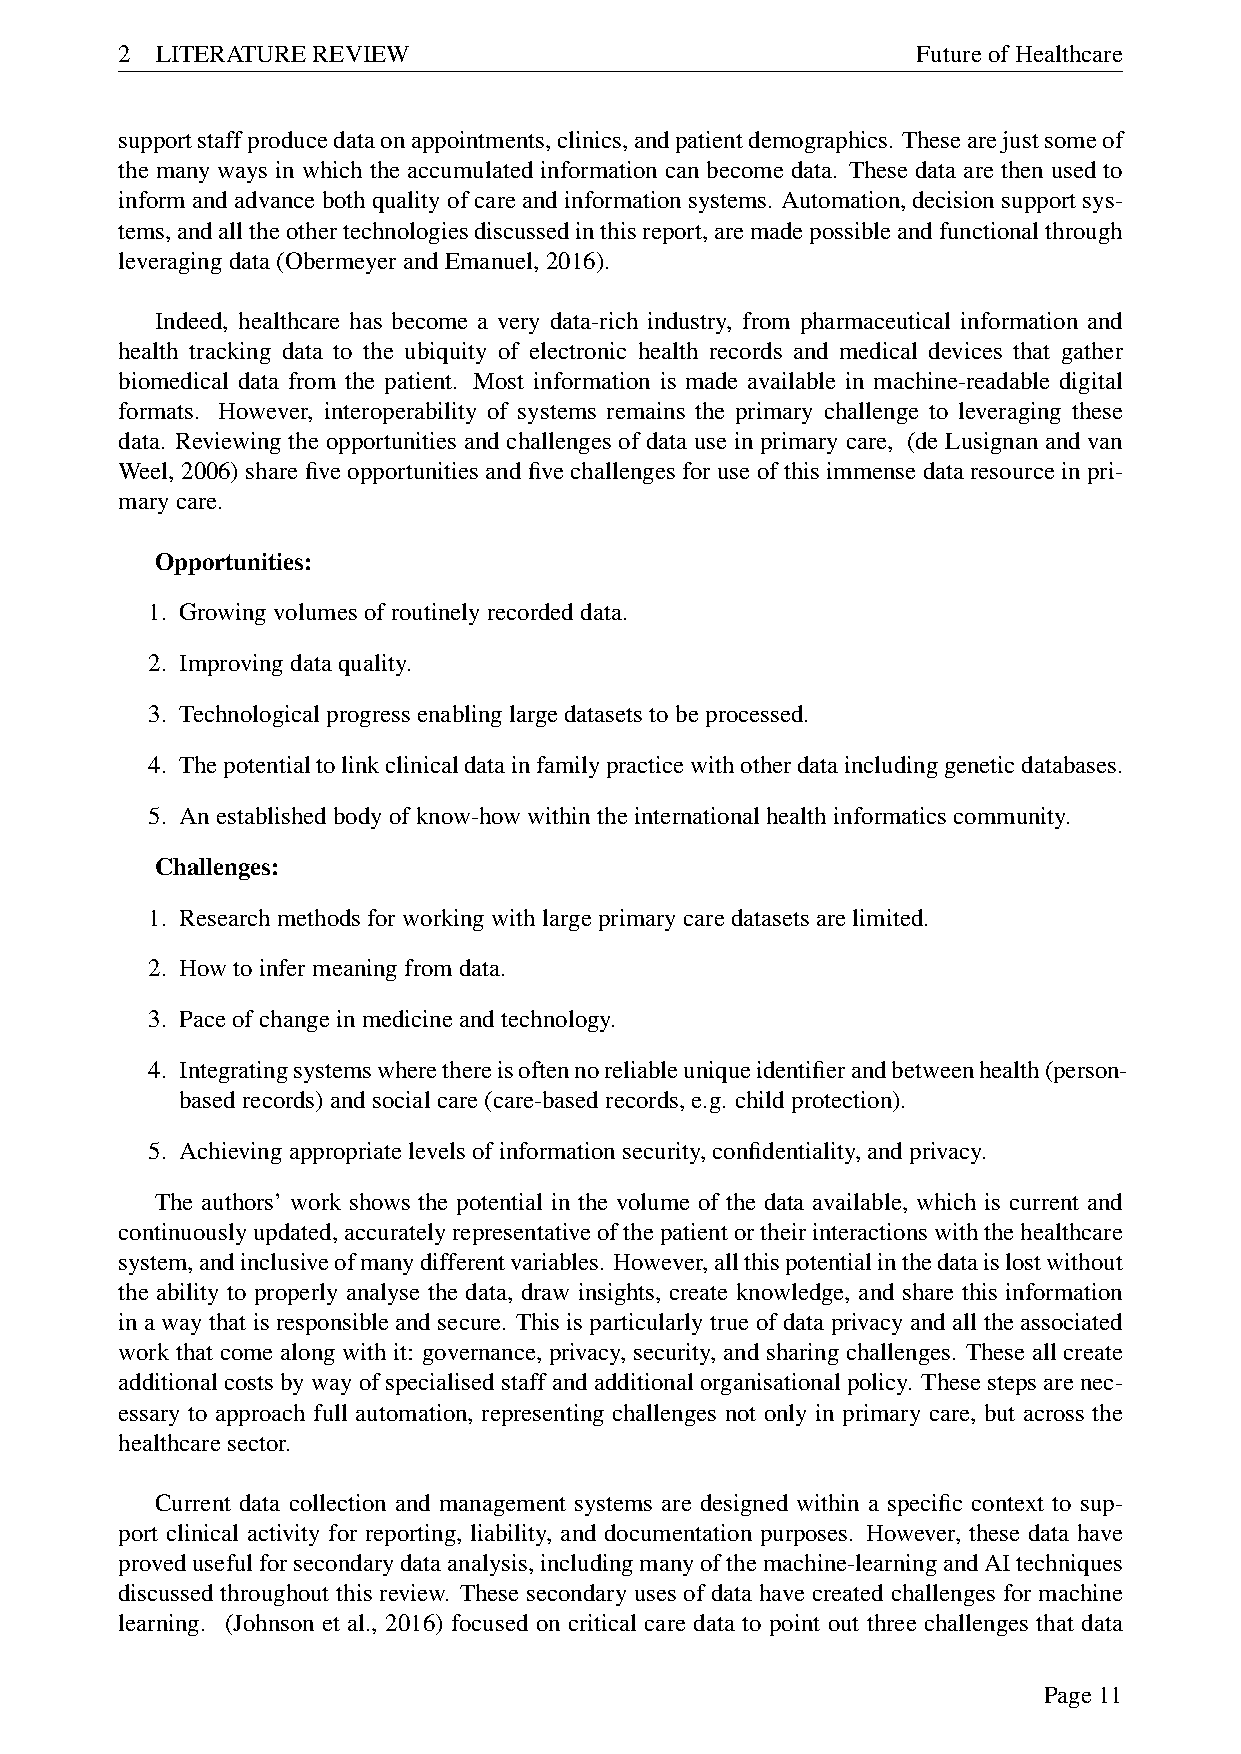
2 LITERATUREREVIEW                                   FutureofHealthcare
 supportstaffproducedataonappointments,clinics,andpatientdemographics. Thesearejustsomeof
 the many ways in which the accumulated information can become data. These data are then used to
 informandadvancebothqualityofcareandinformationsystems. Automation,decisionsupportsys-
 tems,andalltheothertechnologiesdiscussedinthisreport,aremadepossibleandfunctionalthrough
 leveragingdata(ObermeyerandEmanuel,2016).
 Indeed, healthcare has become a very data-rich industry, from pharmaceutical information and
 health tracking data to the ubiquity of electronic health records and medical devices that gather
 biomedical data from the patient. Most information is made available in machine-readable digital
 formats. However, interoperability of systems remains the primary challenge to leveraging these
 data. Reviewing the opportunities and challenges of data use in primary care, (de Lusignan and van
 Weel, 2006) share five opportunities and five challenges for use of this immense data resource in pri-
 marycare.
 Opportunities:
 1. Growingvolumesofroutinelyrecordeddata.
 2. Improvingdataquality.
 3. Technologicalprogressenablinglargedatasetstobeprocessed.
 4. Thepotentialtolinkclinicaldatainfamilypracticewithotherdataincludinggeneticdatabases.
 5. Anestablishedbodyofknow-howwithintheinternationalhealthinformaticscommunity.
 Challenges:
 1. Researchmethodsforworkingwithlargeprimarycaredatasetsarelimited.
 2. Howtoinfermeaningfromdata.
 3. Paceofchangeinmedicineandtechnology.
 4. Integratingsystemswherethereisoftennoreliableuniqueidentifierandbetweenhealth(person-
 basedrecords)andsocialcare(care-basedrecords,e.g. childprotection).
 5. Achievingappropriatelevelsofinformationsecurity,confidentiality,andprivacy.
 The authors’ work shows the potential in the volume of the data available, which is current and
 continuouslyupdated,accuratelyrepresentativeofthepatientortheirinteractionswiththehealthcare
 system,andinclusiveofmanydifferentvariables. However,allthispotentialinthedataislostwithout
 the ability to properly analyse the data, draw insights, create knowledge, and share this information
 in a way that is responsible and secure. This is particularly true of data privacy and all the associated
 work that come along with it: governance, privacy, security, and sharing challenges. These all create
 additional costs by way of specialised staff and additional organisational policy. These steps are nec-
 essary to approach full automation, representing challenges not only in primary care, but across the
 healthcaresector.
 Current data collection and management systems are designed within a specific context to sup-
 port clinical activity for reporting, liability, and documentation purposes. However, these data have
 provedusefulforsecondarydataanalysis,includingmanyofthemachine-learningandAItechniques
 discussed throughout this review. These secondary uses of data have created challenges for machine
 learning. (Johnson et al., 2016) focused on critical care data to point out three challenges that data
 Page11